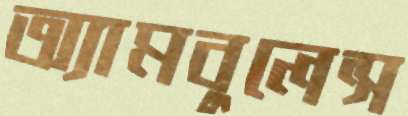
অ্যামবুলেন্স